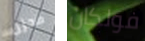
محزن فولكان